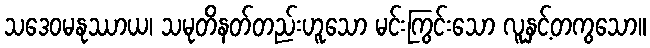
သဒေဝမနုဿာယ၊ သမုတိနတ်တည်းဟူသော မင်းကြွင်းသော လူနှင့်တကွသော။